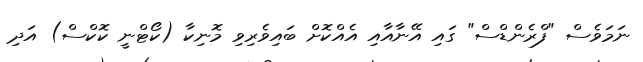
ނަމަވެސް "ފްރެންޑްސް" ގައި އޭނާއާއި އެއްކޮށް ބައިވެރިވި މޮނިކާ (ކޯޓްނީ ކޮކްސް) އަދި